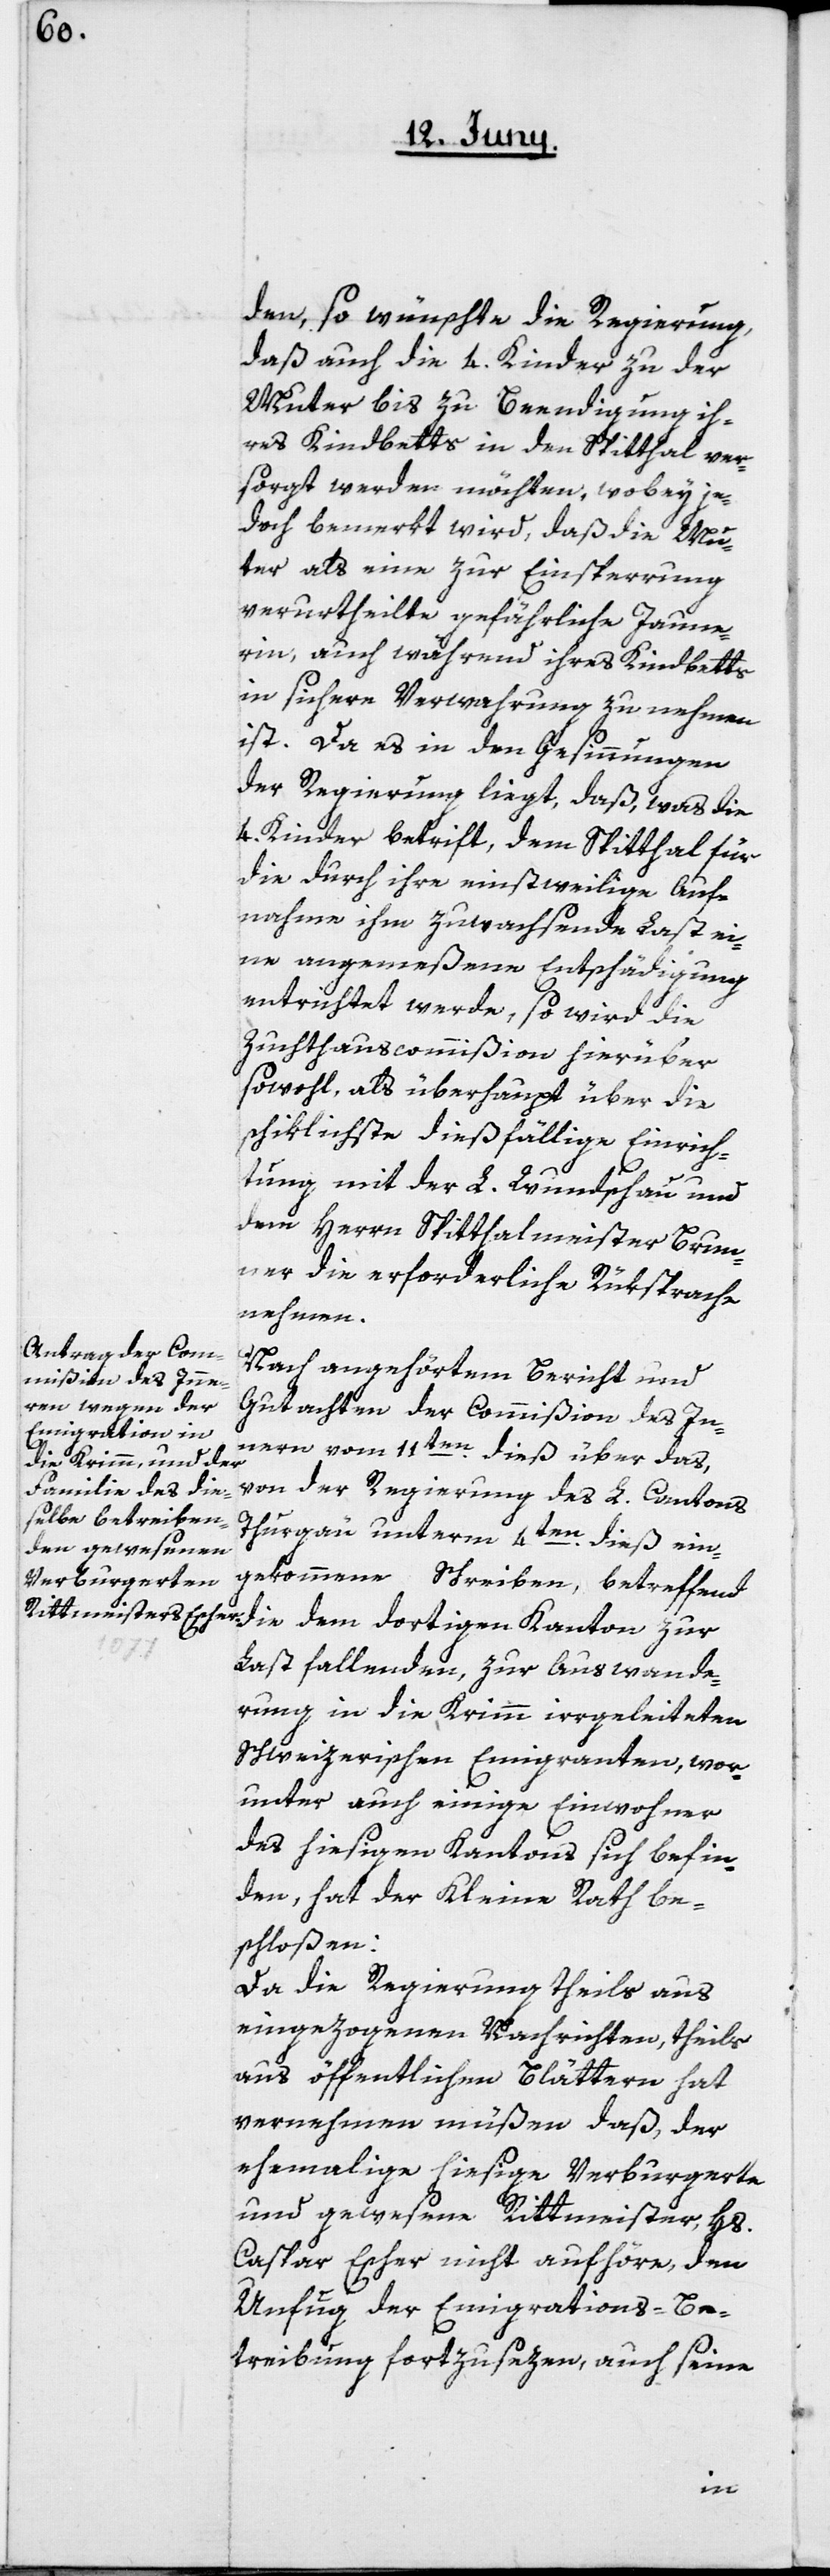
den, so wünschte die Regierung,
daß auch die 4. Kinder zu der
Mutter bis zu Beendigung ih¬
res Kindbetts in den Spitthal ver¬
sorgt werden möchten, wobey je¬
doch bemerkt wird, daß die Mut¬
ter als eine zur Einsperrung
verurtheilte gefährliche Jaune¬
rin, auch während ihres Kindbetts
in sichere Verwahrung zu nehmen
ist. Da es in den Gesinnungen
der Regierung liegt, daß, was die
4. Kinder betrift, dem Spitthal für
die durch ihre einstweilige Auf¬
nahme ihm zuwachsende Last ei¬
ne angemeßene Entschädigung
entrichtet werde, so wird die
Zuchthauscommißion hierüber
sowohl, als überhaupt über die
schiklichste dießfällige Einrich¬
tung mit der L. Wundschau und
dem Herrn Spitthalmeister Brun¬
ner erforderliche Rüksprache
nehmen.
Nach angehörtem Bericht und
Gutachten der Commißion des In¬
nern vom 11ten dieß über das,
von der Regierung des L. Cantons
Thurgau unterm 4ten dieß ein¬
gekommene Schreiben, betreffend
Last fallenden, zur Auswande¬
rung in die Krim irrgeleiteten
Schweizerischen Emigranten, wor¬
unter auch einige Einwohner
des hiesigen Kantons sich befin¬
den, hat der Kleine Rath be¬
schloßen:
Da die Regierung theils aus
eingezogenen Nachrichten, theils
aus öffentlichen Blättern hat
vernehmen müßen, daß der
ehemalige hiesige Verburgerte
und gewesene Rittmeister, Hs.
Caspar Escher nicht aufhöre, den
Unfug der Emigrations-Be¬
treibung fortzusezen, auch seine
Kanton